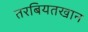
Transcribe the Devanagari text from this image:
तरबियतखान